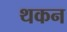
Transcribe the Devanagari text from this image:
थकन